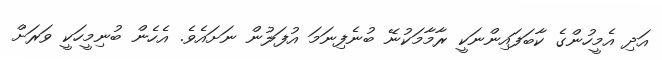
އަދި އެމީހުންގެ ކާބަފައިންނަކީ ރާމާމަކުނޭ ބުނެފިނަމަ އުފަލުން ނަށައެވެ. އެހެން ބުނިމީހަކީ ވަރަށް